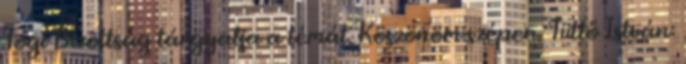
Jogi Bizottság tárgyalja a témát. Köszönöm szépen. Tüttő István: